Papers set at the Examination for Leaving Certificates, 1895
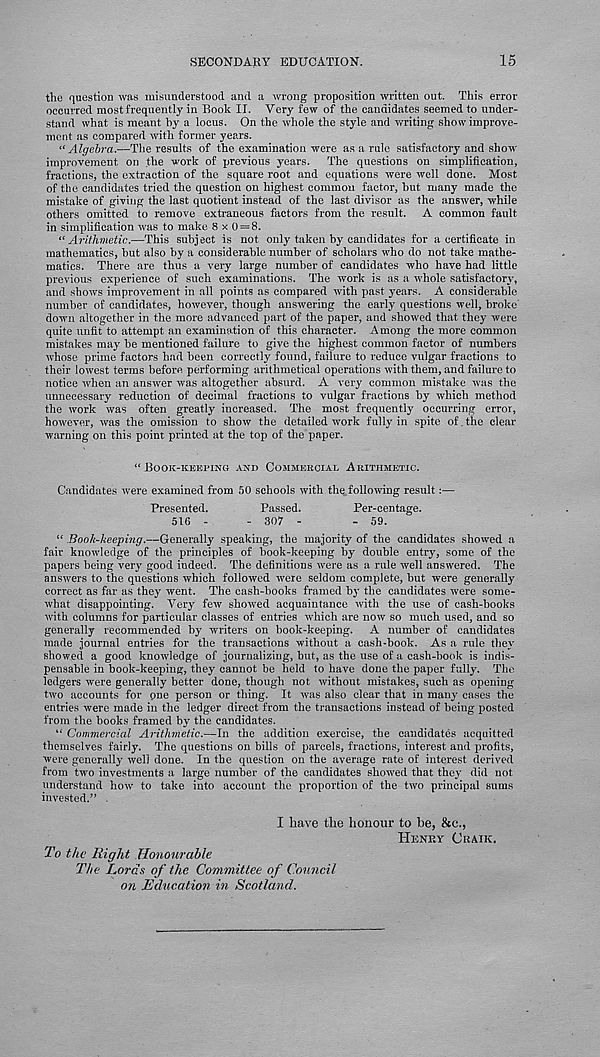
SECONDARY EDUCATION.
15
the question was misunderstood and a wrong proposition written out. This error
occurred most frequently in Book II. Very few of the candidates seemed to under-
stand what is meant by a locus. On the whole the style and writing show improve-
ment as compared with former years.
“ Algebra.—The results of the examination were as a rule satisfactory and show
improvement on the work of previous years. The questions on simplification,
fractions, the extraction of the square root and equations were well done. Most
of the candidates tried the question on highest common factor, but many made the
mistake of giving the last quotient instead of the last divisor as the answer, while
others omitted to remove extraneous factors from the result. A common fault
in simplification was to make 8x0 = 8.
t( Arithmetic.—This subject is not only taken by candidates for a certificate in
mathematics, but also by a considerable number of scholars who do not take mathe-
matics. There are thus a very large number of candidates who have had little
previous experience of such examinations. The work is as a whole satisfactory,
and shows improvement in all points as compared with past years. A considerable
number of candidates, however, though answering the early questions well, broke'
down altogether in the more advanced part of the paper, and showed that they were
quite unfit to attempt an examination of this character. Among the more common
mistakes may be mentioned failure to give the highest common factor of numbers
Whose prime factors had been correctly found, failure to reduce vulgar fractions to
their lowest terms before performing arithmetical operations with them, and failure to
notice when an answer was altogether absurd. A very common mistake was the
unnecessary reduction of decimal fractions to vulgar fractions by which method
the work was often greatly increased. The most frequently occurring error,
however, was the omission to show the detailed work fully in spite of.the clear
warning on this point printed at the top of the paper.
“BOOK-KEEPING AND COMMERCIAL ARITHMETIC.
Candidates were examined from 50 schools with the following result:—
Presented.
Passed.
Per-centage.
516 -
- 307 -
- 59.
“ Book-keeping.—Generally speaking, the majority of the candidates showed a
fair knowledge of the principles of book-keeping by double entry, some of the
papers being very good indeed. The definitions were as a rule well answered. The
answers to the questions which followed were seldom complete, but were generally
correct as far as they went. The cash-books framed by the candidates were some-
what disappointing. Very few showed acquaintance with the use of cash-books
with columns for particular classes of entries which are now so much used, and so
generally recommended by writers on book-keeping. A number of candidates
made journal entries for the transactions without a cash-book. As a rule they
showed a good knowledge of journalizing, but, as the use of a cash-book is indis-
pensable in book-keeping, they cannot be held to have done the paper fully. The
ledgers were generally better done, though not without mistakes, such as opening
two accounts for pne person or thing. It was also clear that in many cases the
entries were made in the ledger direct from the transactions instead of being posted
from the books framed by the candidates.
“ Commercial Arithmetic.—In the addition exercise, the candidates acquitted
themselves fairly. The questions on bills of parcels, fractions, interest and profits,
were generally well done. In the question on the average rate of interest derived
from two investments a large number of the candidates showed that they did not
understand how to take into account the proportion of the two principal sums
invested.” .
I have the honour to he, &e.,
HENRY CRAIK.
To the Right Honourable
The Lords of the Committee of Council
on Education in Scotland.